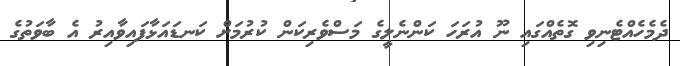
ދެމެހެއްޓެނިވި ގޮތެއްގައި ނޫ އުރަހަ ކަންނެލީގެ މަސްވެރިކަން ކުރުމަށް ކަނޑައަޅާފައިވާއިރު އެ ބާވަތުގެ